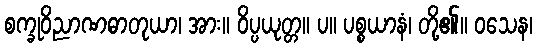
စက္ခုဝိညာဏဓာတုယာ၊ အား။ ဝိပ္ပယုတ္တ။ ပ။ ပစ္စယာနံ၊ တို့၏။ ဝသေန၊